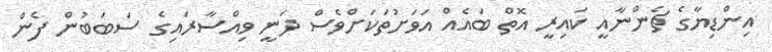
އިންޑިޔާގެ ޗެންނާއީ ކައިރީ އޮތް ބައެއް އަވަށުތަކަށްވެސް ދަނީ ވިއްސާރައިގެ ސަބަބުން ފެން